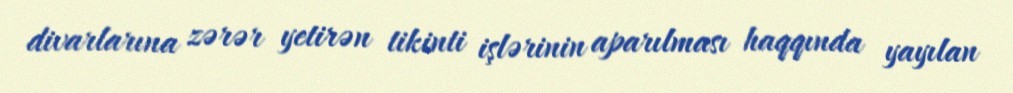
divarlarına zərər yetirən tikinti işlərinin aparılması haqqında yayılan